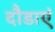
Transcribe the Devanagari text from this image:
दौडाएं